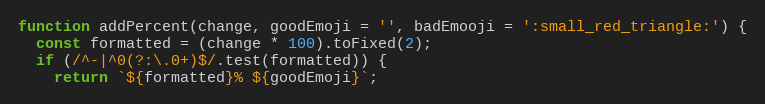
Language: JavaScript
function addPercent(change, goodEmoji = '', badEmooji = ':small_red_triangle:') {
  const formatted = (change * 100).toFixed(2);
  if (/^-|^0(?:\.0+)$/.test(formatted)) {
    return `${formatted}% ${goodEmoji}`;